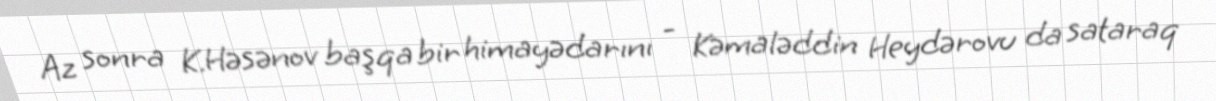
Az sonra K.Həsənov başqa bir himayədarını - Kəmaləddin Heydərovu da sataraq